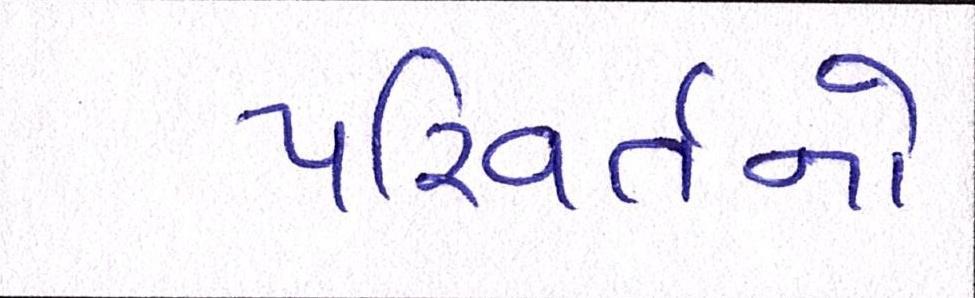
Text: પરિવર્તનો